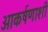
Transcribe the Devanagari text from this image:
आकर्षणाशी